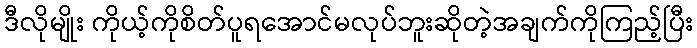
ဒီလိုမျိုး ကိုယ့်ကိုစိတ်ပူရအောင်မလုပ်ဘူးဆိုတဲ့အချက်ကိုကြည့်ပြီး